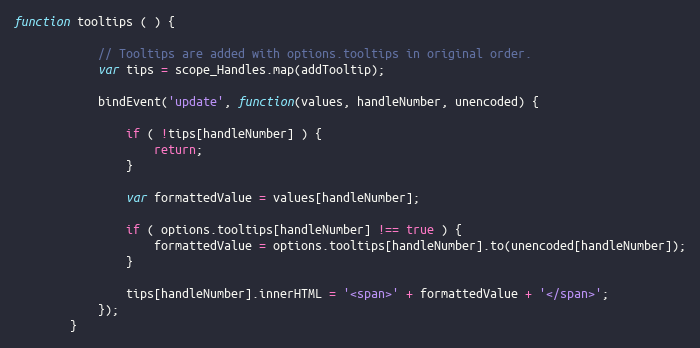
Language: JavaScript
function tooltips ( ) {

            // Tooltips are added with options.tooltips in original order.
            var tips = scope_Handles.map(addTooltip);

            bindEvent('update', function(values, handleNumber, unencoded) {

                if ( !tips[handleNumber] ) {
                    return;
                }

                var formattedValue = values[handleNumber];

                if ( options.tooltips[handleNumber] !== true ) {
                    formattedValue = options.tooltips[handleNumber].to(unencoded[handleNumber]);
                }

                tips[handleNumber].innerHTML = '<span>' + formattedValue + '</span>';
            });
        }